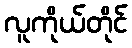
လူကိုယ်တိုင်